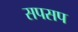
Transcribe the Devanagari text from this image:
सपसप